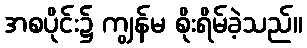
အစပိုင်း၌ ကျွန်မ စိုးရိမ်ခဲ့သည်။